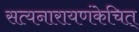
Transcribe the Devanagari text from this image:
सत्यनारायणंकेचित्